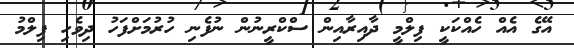
އޭގެ އެއް ހެއްކަކީ ފިލްމީ ދާއިރާއިން ސްކްރީނުން ނުފެނި ހުރުމަށްފަހު ދިވެހި ފިލްމު